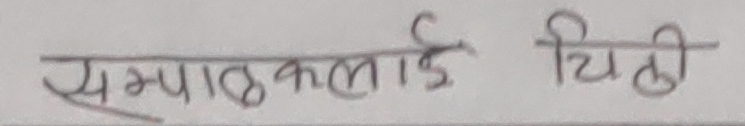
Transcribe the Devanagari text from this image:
सम्पादकलाई चिठी